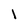
Character: I